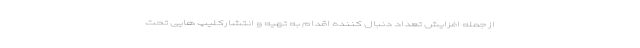
از جمله افزایش تعداد دنبال کننده اقدام به تهیه و انتشارکلیپ هایی تحت